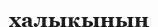
халықының